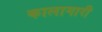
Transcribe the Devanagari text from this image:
कालागारी